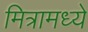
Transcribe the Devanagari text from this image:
मित्रामध्ये